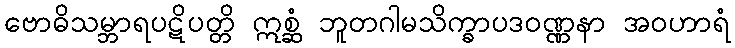
ဗောဓိသမ္ဘာရပဋိပတ္တိ ဣစ္ဆံ ဘူတဂါမသိက္ခာပဒဝဏ္ဏနာ အဝဟာရံ